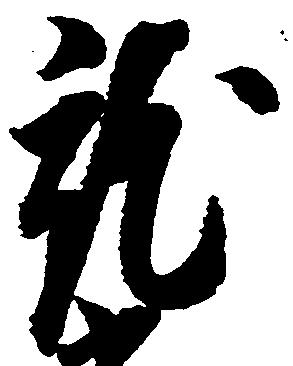
就